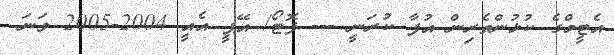
އެޓީމްގެ ކުޅުންތެރިން އުފާ ކުރަނީ --- ފޮޓޯ/ އޭޕީ އެއީ 2004-2005 ވަނަ